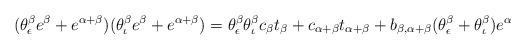
LaTeX: \begin{align*}(\theta_\epsilon^\beta e^\beta + e^{\alpha + \beta}) (\theta_\iota^\beta e^\beta + e^{\alpha + \beta}) = \theta_\epsilon^\beta \theta_\iota^\beta c_\beta t_\beta + c_{\alpha + \beta} t_{\alpha + \beta} + b_{\beta,\alpha+\beta} (\theta_\epsilon^\beta + \theta_\iota^\beta)e^\alpha\end{align*}